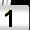
Digit: 1